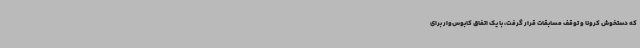
که دستخوش کرونا و توقف مسابقات قرار گرفت، با یک اتفاق کابوس‌وار برای